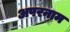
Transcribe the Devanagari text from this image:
अपरनाम